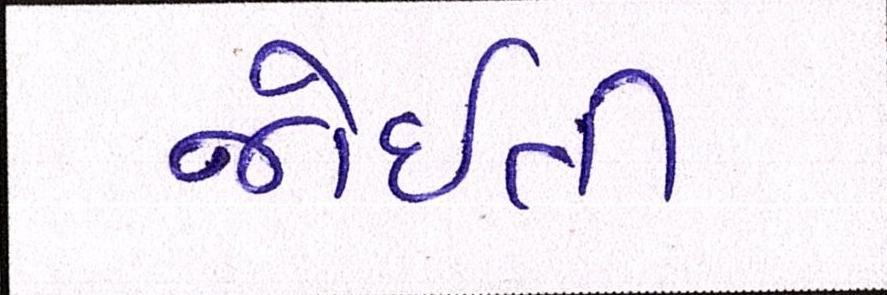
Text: જોઈતી